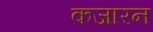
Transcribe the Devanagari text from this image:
कजारन